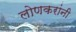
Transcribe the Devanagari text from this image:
लोणकरांनी